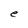
Character: e